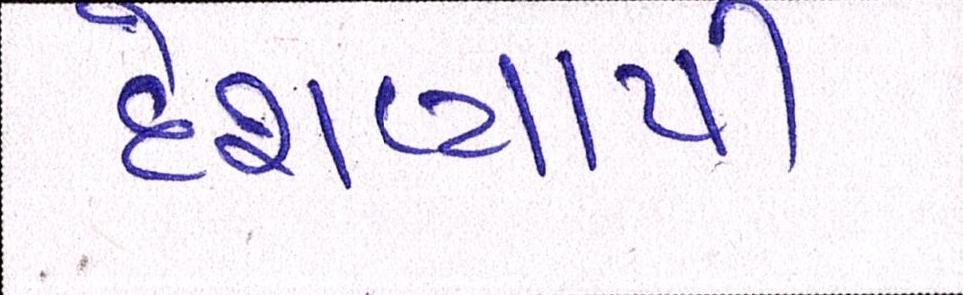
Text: દેશવ્યાપી